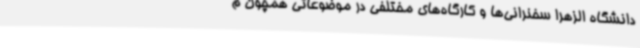
دانشگاه الزهرا سخنرانی‌ها و کارگاه‌های مختلفی در موضوعاتی همچون م